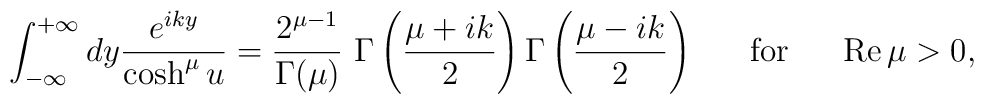
\int_{-\infty}^{+\infty}dy \frac{e^{iky}}{\cosh^\mu u}=\frac{2^{\mu-1}}{\Gamma(\mu)}\, \,\Gamma\left(\frac{\mu+ik}{2}\right)\Gamma\left(\frac{\mu-ik}{2}\right)~~~~~\mbox{for}~~~~~\mbox{Re}\,\mu>0,